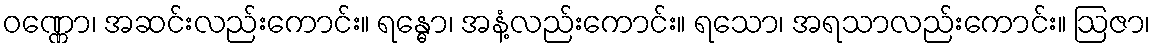
ဝဏ္ဏော၊ အဆင်းလည်းကောင်း။ ရန္ဓော၊ အနံ့လည်းကောင်း။ ရသော၊ အရသာလည်းကောင်း။ ဩဇာ၊